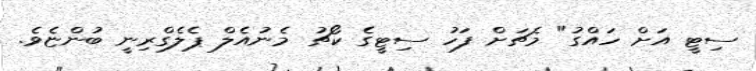
ސިޓީ އަށް ހައްގު" މެޗަށް ފަހު ސިޓީގެ ކޯޗު މެނުއެލް ޕެލެގްރިނީ ބުންޏެވެ.